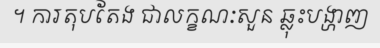
។ ការតុបតែង ជាលក្ខណៈសួន ឆ្លុះបង្ហាញ